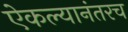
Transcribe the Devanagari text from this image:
ऐकल्यानंतरच